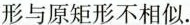
形与原矩形不相似.